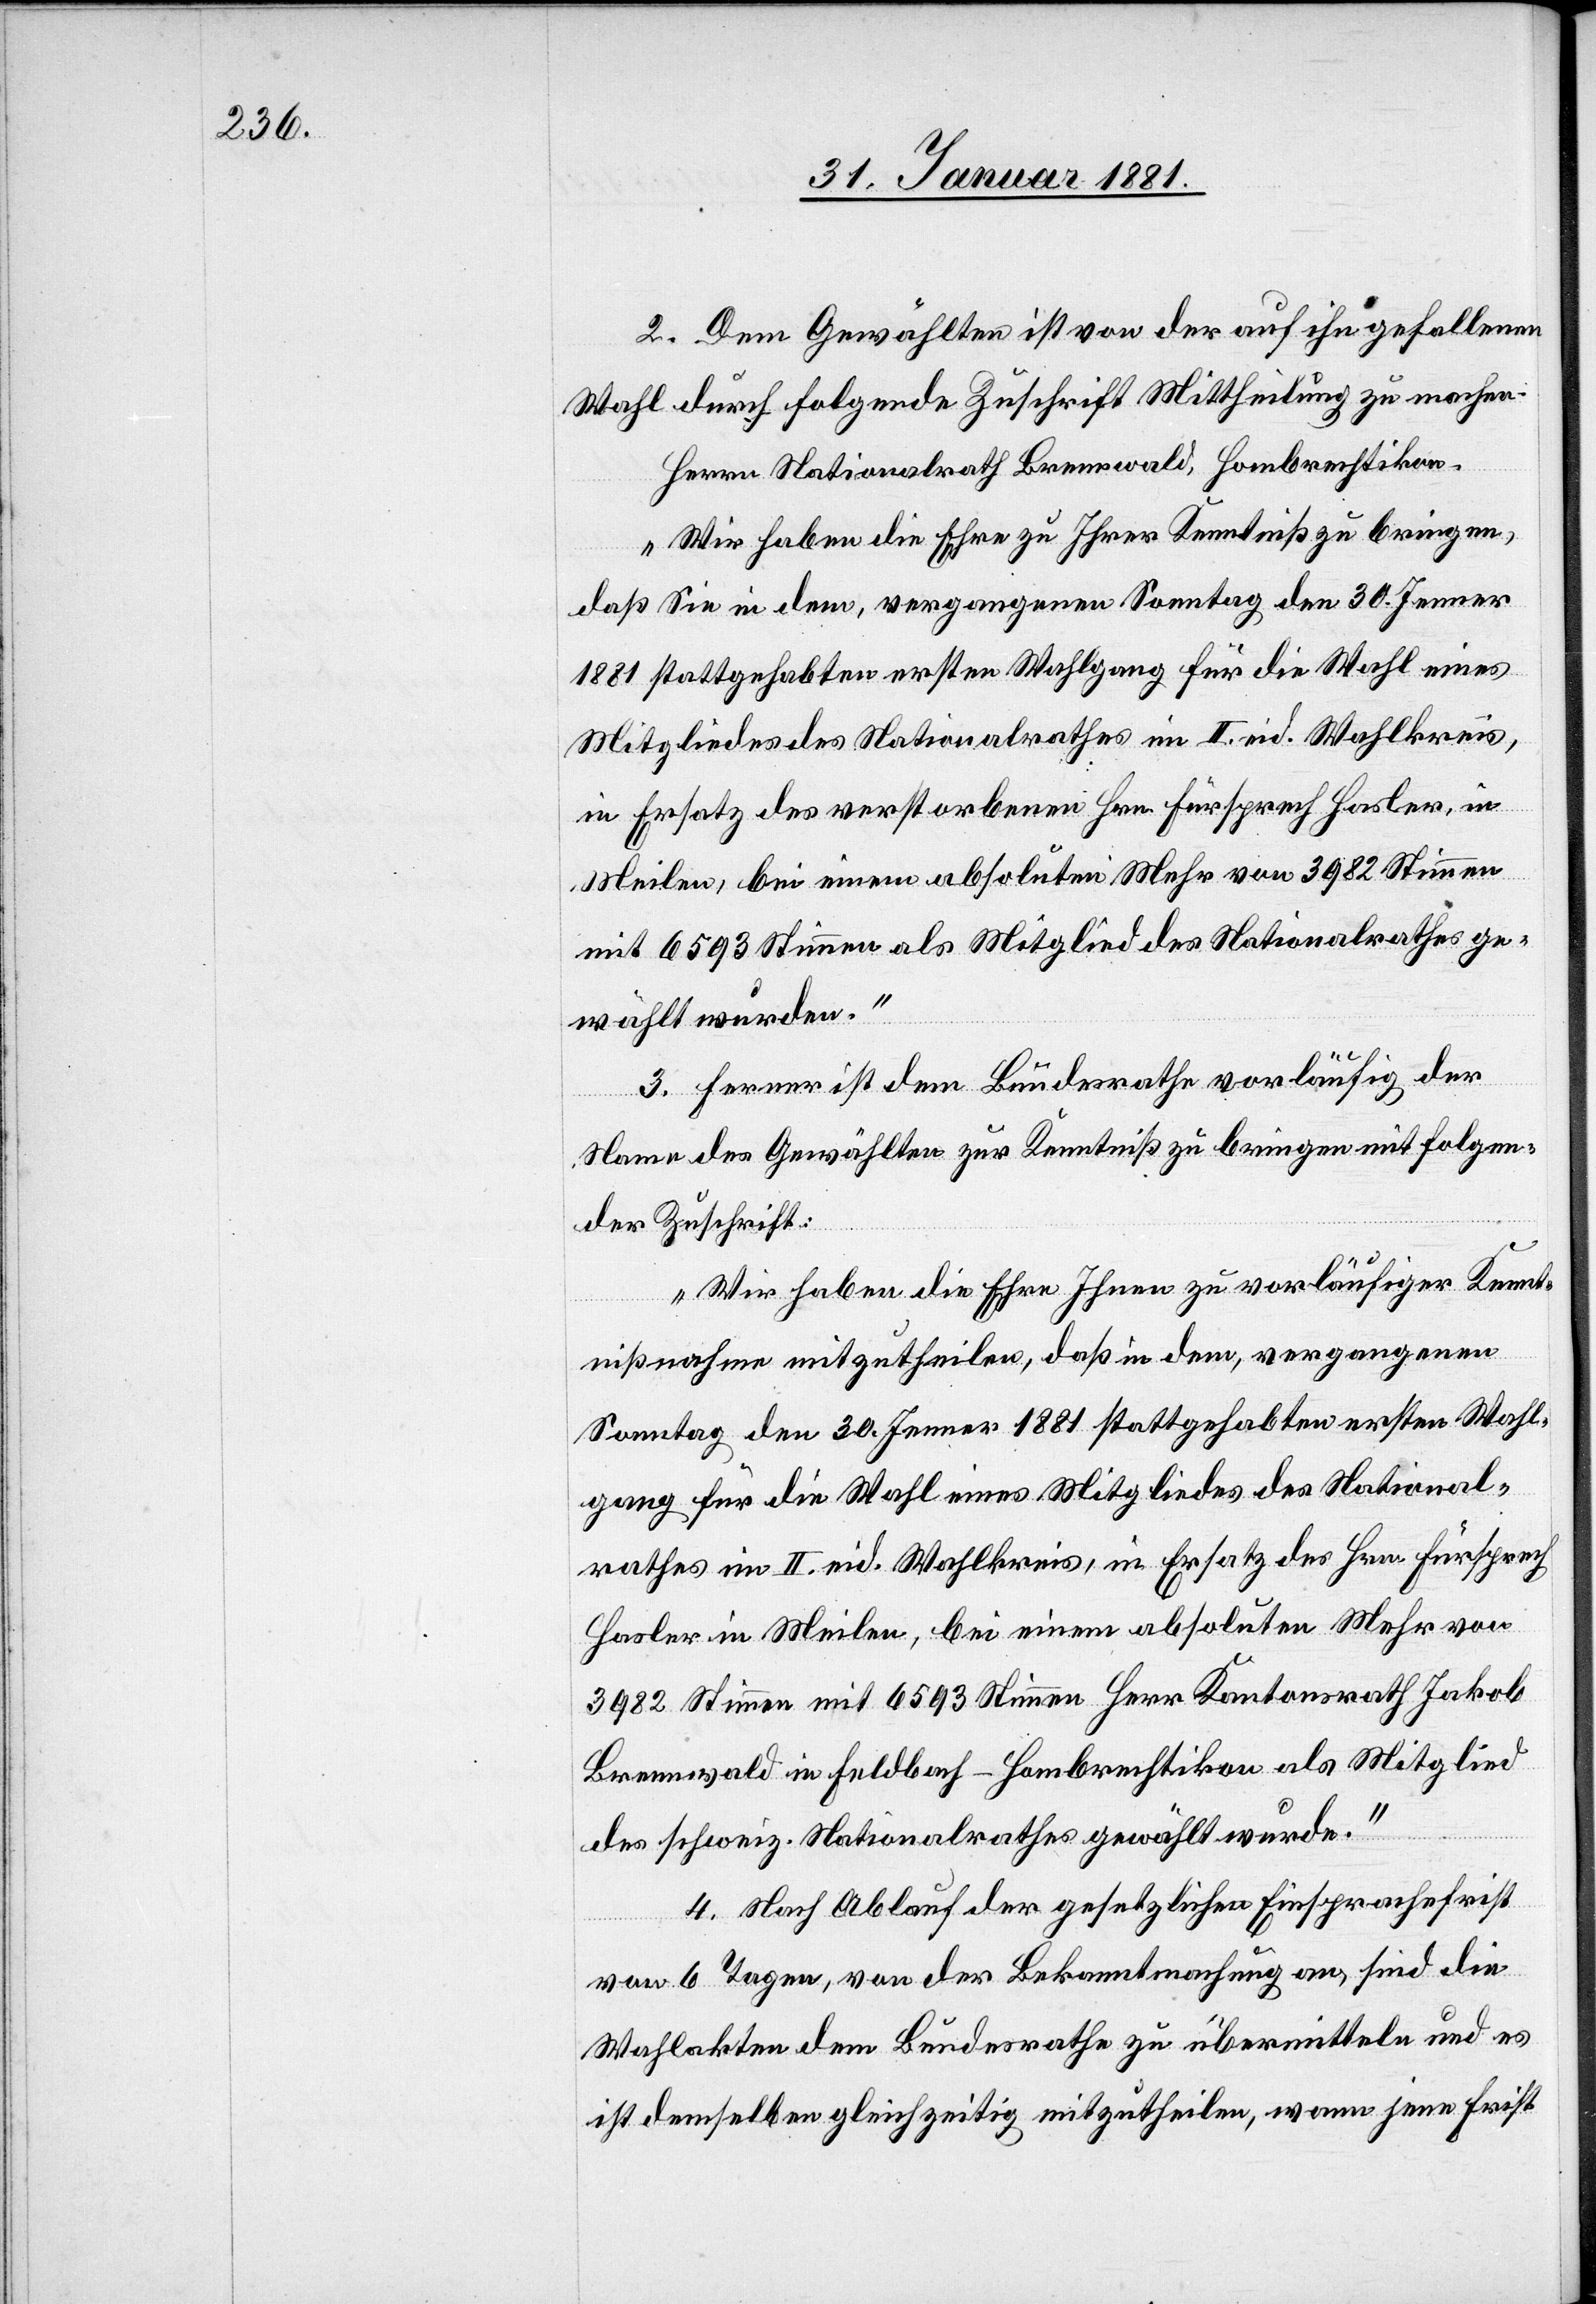
2. Dem Gewählten ist von der auf ihn gefallenen
Wahl durch folgende Zuschrift Mittheilung zu machen:
Herrn Nationalrath Brennwald, Hombrechtikon.
„Wir haben die Ehre zu Ihrer Kenntniß zu bringen,
daß Sie in dem, vergangenen Sonntag den 30 Jenner
1881 stattgehabten ersten Wahlgang für die Wahl eines
Mitgliedes des Nationalrathes im II. eid. Wahlkreis,
in Ersatz des verstorbenen Hrn. Fürsprech Hasler, in
Meilen, bei einem absoluten Mehr von 3982 Stimmen
mit 6593 Stimmen als Mitglied des Nationalrathes ge¬
wählt wurden.“
3. Ferner ist dem Bundesrathe vorläufig der
Name des Gewählten zu Kenntniß zu bringen mit folgen¬
der Zuschrift:
„Wir haben die Ehre Ihnen zu vorläufiger Kennt¬
nißnahme mitzutheilen, daß in dem, vergangenen
Sonntag den 30 Jenner 1881 stattgehabten ersten Wahl¬
ganges für die Wahl eines Mitgliedes des National¬
rathes im II. eid. Wahlkreis, in Ersatz des Hrn. Fürsprech
Hasler in Meilen, bei einem absoluten Mehr von
3982 Stimmen mit 6593 Stimmen Herr Kantonsrath Jakob
Brennwald in Feldbach - Hombrechtikon als Mitglied
des schweiz. Nationalrathes gewählt wurde.“
4. Nach Ablauf der gesetzlichen Einsprachefrist
von 6 Tagen, von der Bekanntmachung an, sind die
Wahlakten dem Bundesrathe zu übermitteln und es
ist demselben gelichzeitig mitzutheilen, wann jene Frist